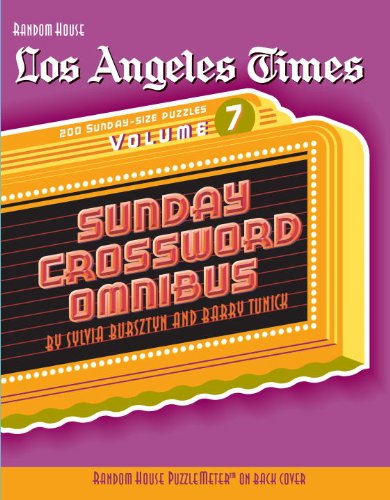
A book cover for Los Angeles Times Sunday Crossword Omnibus, Volume 7 (The Los Angeles Times); Barry Tunick; Humor & Entertainment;